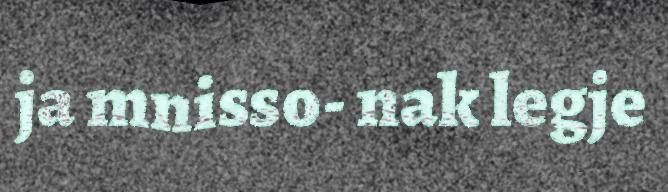
ja mnisso- nak legje